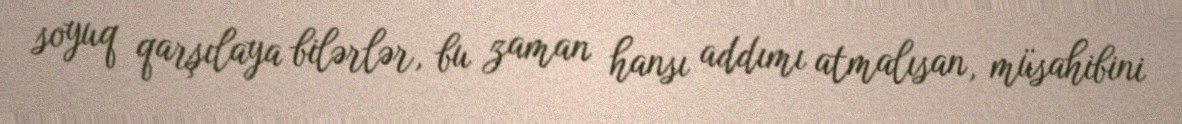
soyuq qarşılaya bilərlər, bu zaman hansı addımı atmalısan, müsahibini